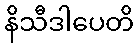
နိသီဒါပေတိ